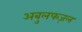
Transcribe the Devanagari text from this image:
अबुलफज़ल